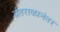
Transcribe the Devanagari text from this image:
अंतराळानंतर